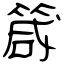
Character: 箴